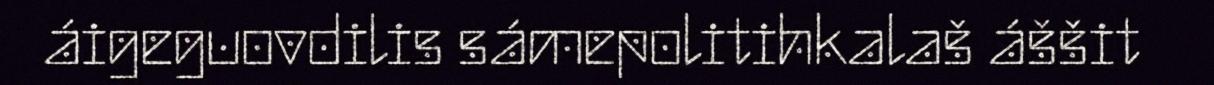
áigeguovdilis sámepolitihkalaš áššit